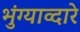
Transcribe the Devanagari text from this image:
भुंग्याव्दारे